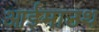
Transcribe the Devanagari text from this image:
आईमाउथ